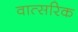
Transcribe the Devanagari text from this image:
वात्सरिक